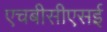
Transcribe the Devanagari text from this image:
एचबीसीएसई